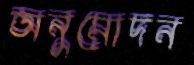
অনুমোদন